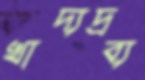
খাদ্যদ্রব্য